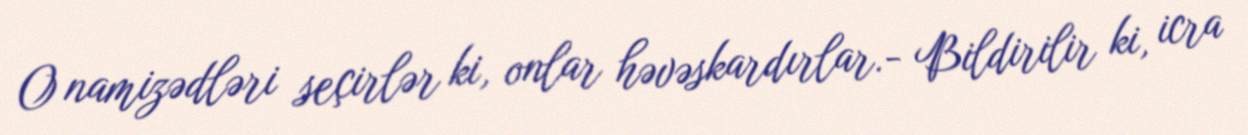
O namizədləri seçirlər ki, onlar həvəskardırlar.- Bildirilir ki, icra